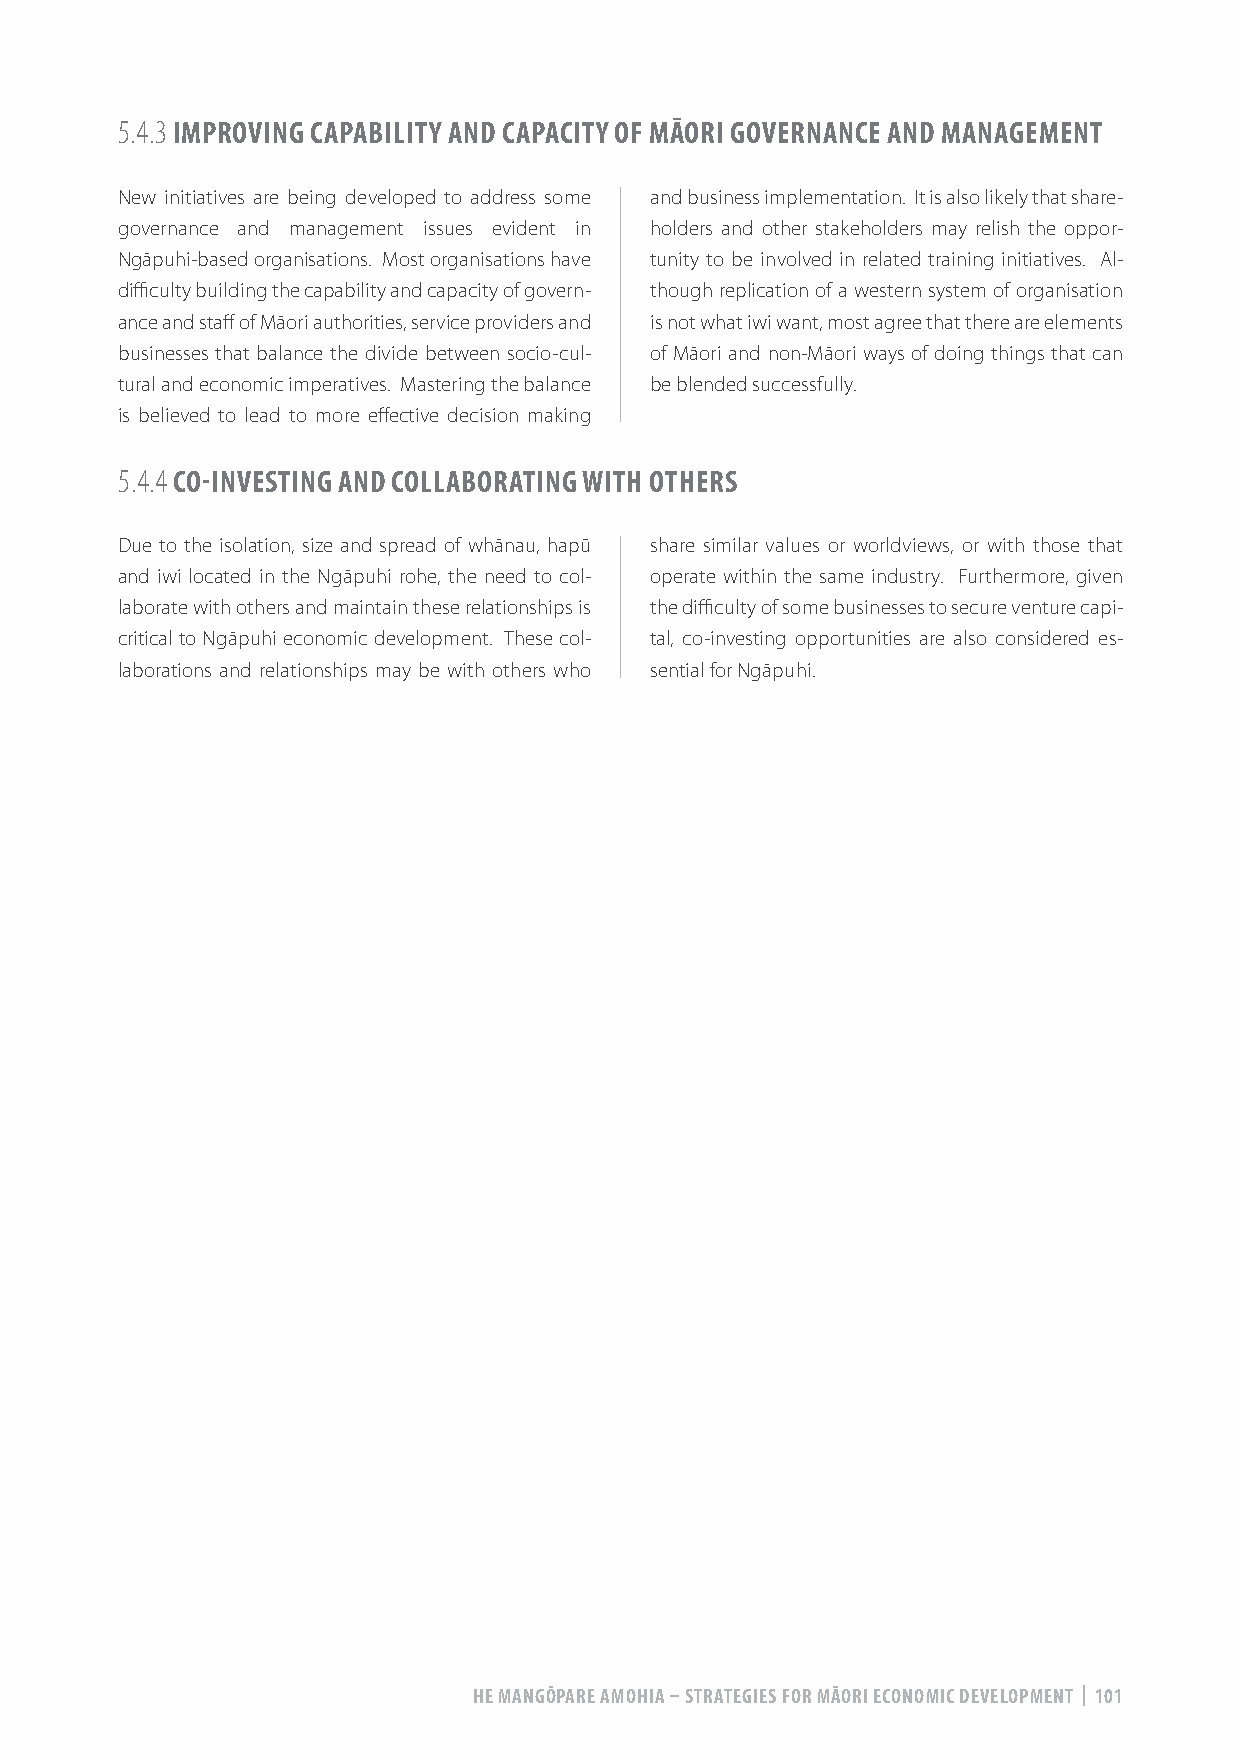
5.4.3 IMPROVING CAPABILITY AND CAPACITY OF MĀORI GOVERNANCE AND MANAGEMENT
 New initiatives are being developed to address some and business implementation. It is also likely that share-
 governance and management issues evident in holders and other stakeholders may relish the oppor-
 Ngāpuhi-based organisations. Most organisations have tunity to be involved in related training initiatives. Al-
 difficulty building the capability and capacity of govern- though replication of a western system of organisation
 ance and staff of Māori authorities, service providers and is not what iwi want, most agree that there are elements
 businesses that balance the divide between socio-cul- of Māori and non-Māori ways of doing things that can
 tural and economic imperatives. Mastering the balance be blended successfully.
 is believed to lead to more effective decision making
 5.4.4 CO-INVESTING AND COLLABORATING WITH OTHERS
 Due to the isolation, size and spread of whānau, hapū share similar values or worldviews, or with those that
 and iwi located in the Ngāpuhi rohe, the need to col- operate within the same industry. Furthermore, given
 laborate with others and maintain these relationships is the difficulty of some businesses to secure venture capi-
 critical to Ngāpuhi economic development. These col- tal, co-investing opportunities are also considered es-
 laborations and relationships may be with others who sential for Ngāpuhi.
 HE MANGŌPARE AMOHIA – STRATEGIES FOR MĀORI ECONOMIC DEVELOPMENT | 101